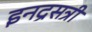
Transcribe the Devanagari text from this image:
इनद्रसत्री